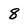
Character: 8